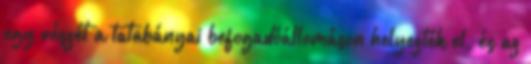
egy részét a tatabányai befogadóállomáson helyezték el, és az